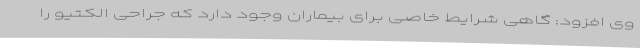
وی افزود: گاهی شرایط خاصی برای بیماران وجود دارد که جراحی الکتیو را